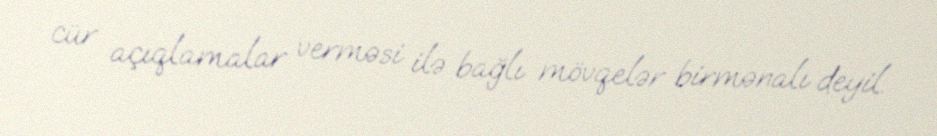
cür açıqlamalar verməsi ilə bağlı mövqelər birmənalı deyil.